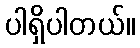
ပါရှိပါတယ်။